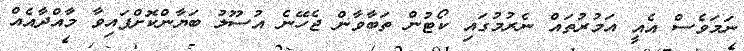
ނަމަވެސް އެއީ އަމުރުތައް ނެރުމުގައި ކޯޓުން ތަބާވާން ޖެހޭނެ އުސޫލު ބަޔާންކޮށްފައިވާ މާއްދާއެއް